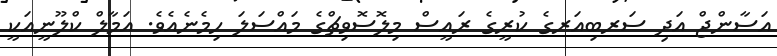
އަސާންޖް އަދި ސަރބިއަރގެ ކުރީގެ ރައީސް މިލޮސޮވިޗްގެ މައްސަލަ ހިމެނެއެވެ. އަމާލް ކްލޫނީއަކީ